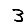
Digit: 3